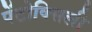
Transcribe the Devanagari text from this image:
पेंटोक्सिली